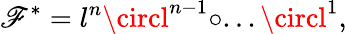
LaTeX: \mathscr{F}^{*}=l^{n}\circl^{n-1}\circ...\circl^{1},